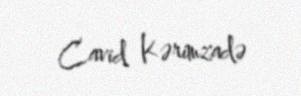
Cavid Kərimzadə